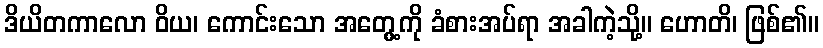
ဒိယိတကာလော ဝိယ၊ ကောင်းသော အတွေ့ကို ခံစားအပ်ရာ အခါကဲ့သို့။ ဟောတိ၊ ဖြစ်၏။